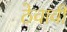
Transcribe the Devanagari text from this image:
ठेवावीं